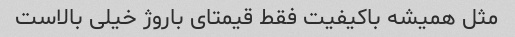
مثل همیشه باکیفیت فقط قیمتای باروژ خیلی بالاست